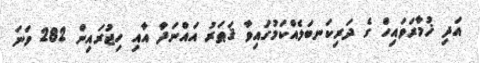
އަދި ޚުމާރަވައިހް ގެ ދަރިކަނބަލެއްކަމުގައިވާ ޤަޠަރު އައްނަދާ އާއި ހިޖުރައިން 282 ވަނަ